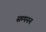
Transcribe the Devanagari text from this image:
सम्पनन